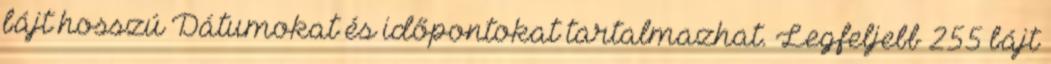
bájt hosszú Dátumokat és időpontokat tartalmazhat. Legfeljebb 255 bájt